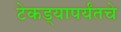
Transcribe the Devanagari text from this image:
टेकड्यापर्यंतचे